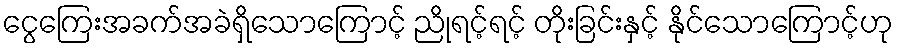
ငွေကြေးအခက်အခဲရှိသောကြောင့် ညိုရင့်ရင့် တိုးခြင်းနှင့် နိုင်သောကြောင့်ဟု